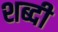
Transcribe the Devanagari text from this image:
शब्दी